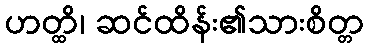
ဟတ္ထိ၊ ဆင်ထိန်း၏သားစိတ္တ